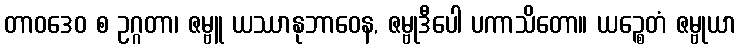
တာဝဒေဝ စ ဥဂ္ဂတာ၊ ဇမ္ဗူ ယဿာနုဘာဝေန, ဇမ္ဗုဒီပေါ ပကာသိတော။ ယဉ္စေတံ ဇမ္ဗုယာ